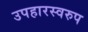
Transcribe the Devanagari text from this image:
उपहारस्वरुप